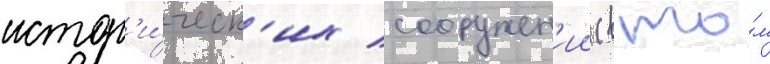
истор'и́ческ'их сооружен'ии (в то́м